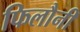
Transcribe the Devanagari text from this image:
फिलौनी